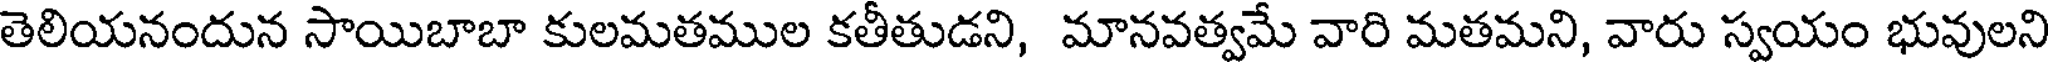
తెలియనందున సాయిబాబా కులమతముల కతీతుడని, మానవత్వమే వారి మతమని, వారు స్వయం భువులని